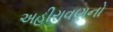
અહીરાવણનો